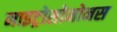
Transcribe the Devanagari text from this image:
नाइट्रोसोमोनस